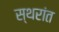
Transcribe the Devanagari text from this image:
स्थरांत